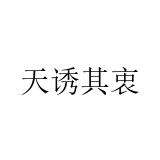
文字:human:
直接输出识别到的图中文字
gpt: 天诱其衷